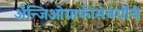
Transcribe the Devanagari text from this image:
अँन्जिओग्राफीसंबंधीचे